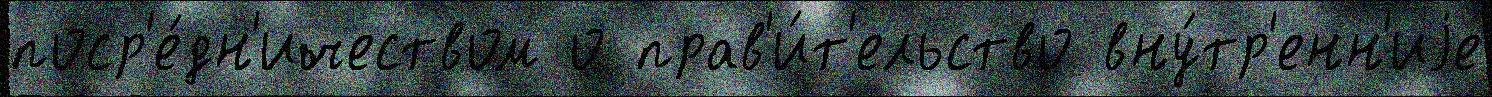
поср'е́дн'ичеством о прав'и́т'ельство вну́тр'енн'иjе